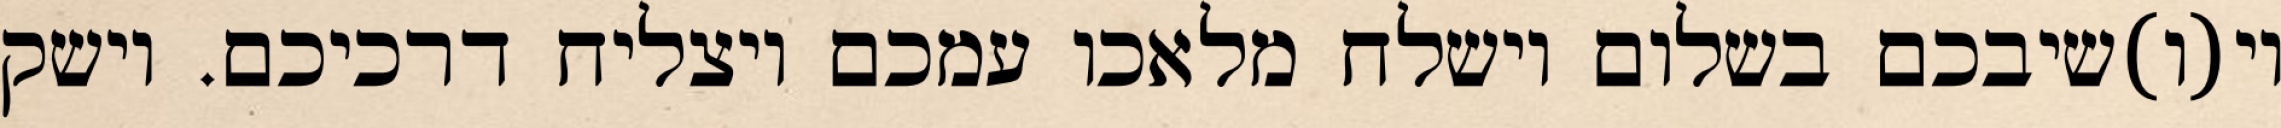
וי(ו)שיבכם בשלום וישלח מלאכו עמכם ויצליח דרכיכם. וישק